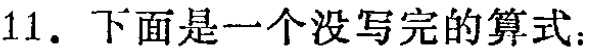
11. 下面是一个没写完的算式：